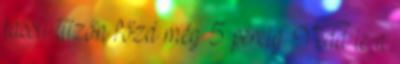
lassú tűzőn főzd még 5 percig. Vedd le a